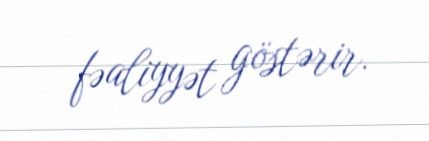
fəaliyyət göstərir.